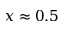
x \approx 0 . 5